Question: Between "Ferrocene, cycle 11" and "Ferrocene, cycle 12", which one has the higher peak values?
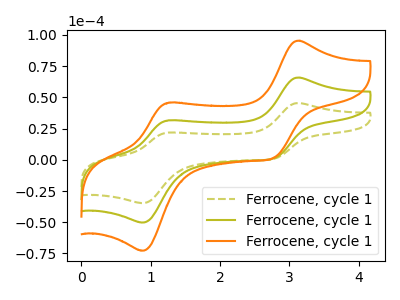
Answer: <think>The olive dashed curve "Ferrocene, cycle 11" has anodic peaks at (3.10V, 45.45uA) (1.25V, 21.85uA) and cathodic peaks at (2.75V, 0.75uA) (0.90V, -34.70uA). The olive curve "Ferrocene, cycle 12" has anodic peaks at (3.10V, 65.85uA) (1.25V, 31.60uA) and cathodic peaks at (2.75V, 1.05uA) (0.90V, -50.25uA). The orange curve "Ferrocene, cycle 13" has anodic peaks at (3.10V, 131.75uA) (1.25V, 63.25uA) and cathodic peaks at (2.75V, 2.10uA) (0.90V, -100.50uA).</think>
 <answer>The peaks in "Ferrocene, cycle 11" are neither all higher or all lower than the peaks in "Ferrocene, cycle 12".</answer>
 <eval>mixed</eval>